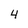
Character: 4